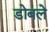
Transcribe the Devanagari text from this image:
डोबले